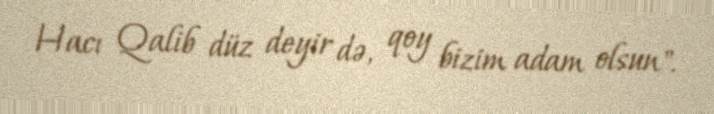
Hacı Qalib düz deyir də, qoy bizim adam olsun".